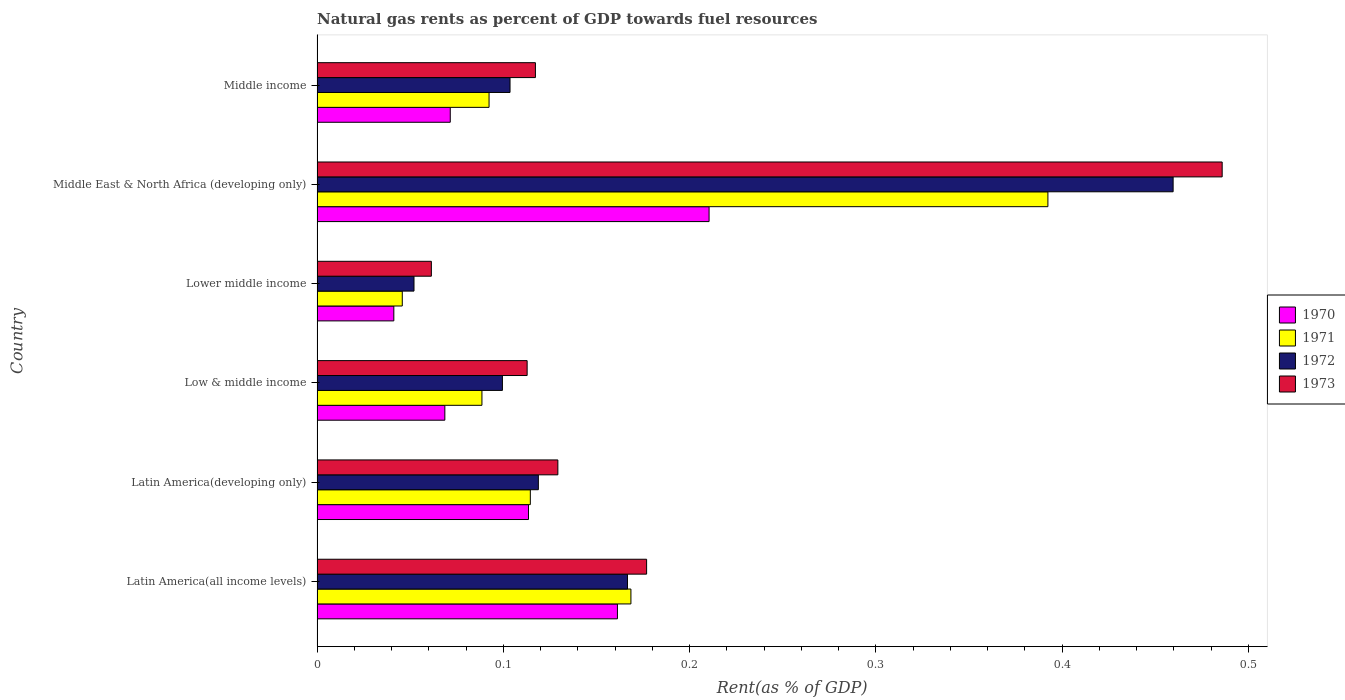
| Country | 1970 | 1971 | 1972 | 1973 |
 | --- | --- | --- | --- | --- |
 | Latin America(all income levels) | 0.161 | 0.168 | 0.167 | 0.177 |
 | Latin America(developing only) | 0.114 | 0.114 | 0.119 | 0.129 |
 | Low & middle income | 0.0686 | 0.0885 | 0.0995 | 0.113 |
 | Lower middle income | 0.0412 | 0.0458 | 0.052 | 0.0614 |
 | Middle East & North Africa (developing only) | 0.21 | 0.392 | 0.46 | 0.486 |
 | Middle income | 0.0715 | 0.0923 | 0.104 | 0.117 |